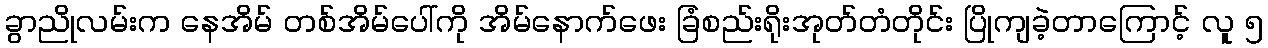
ခွာညိုလမ်းက နေအိမ် တစ်အိမ်ပေါ်ကို အိမ်နောက်ဖေး ခြံစည်းရိုးအုတ်တံတိုင်း ပြိုကျခဲ့တာကြောင့် လူ ၅